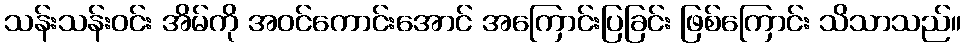
သန်းသန်းဝင်း အိမ်ကို အဝင်ကောင်းအောင် အကြောင်းပြခြင်း ဖြစ်ကြောင်း သိသာသည်။